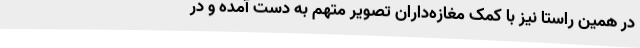
در همین راستا نیز با کمک مغازه‌داران تصویر متهم به دست آمده و در